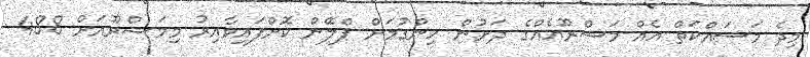
މިދެ މަސައްކަތް އެއް މަޝްރޫއެއްގެ ދަށުން ހިންގުމަށް ޕްލޭން ކޮށްފައިވާއިރު މިމަޝްރޫއަށް 488